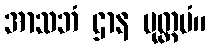
အာသဘံ ဌာန မုတ္တမံ။